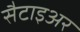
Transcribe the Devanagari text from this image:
सैटाइअर